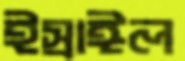
ইস্রাঈল